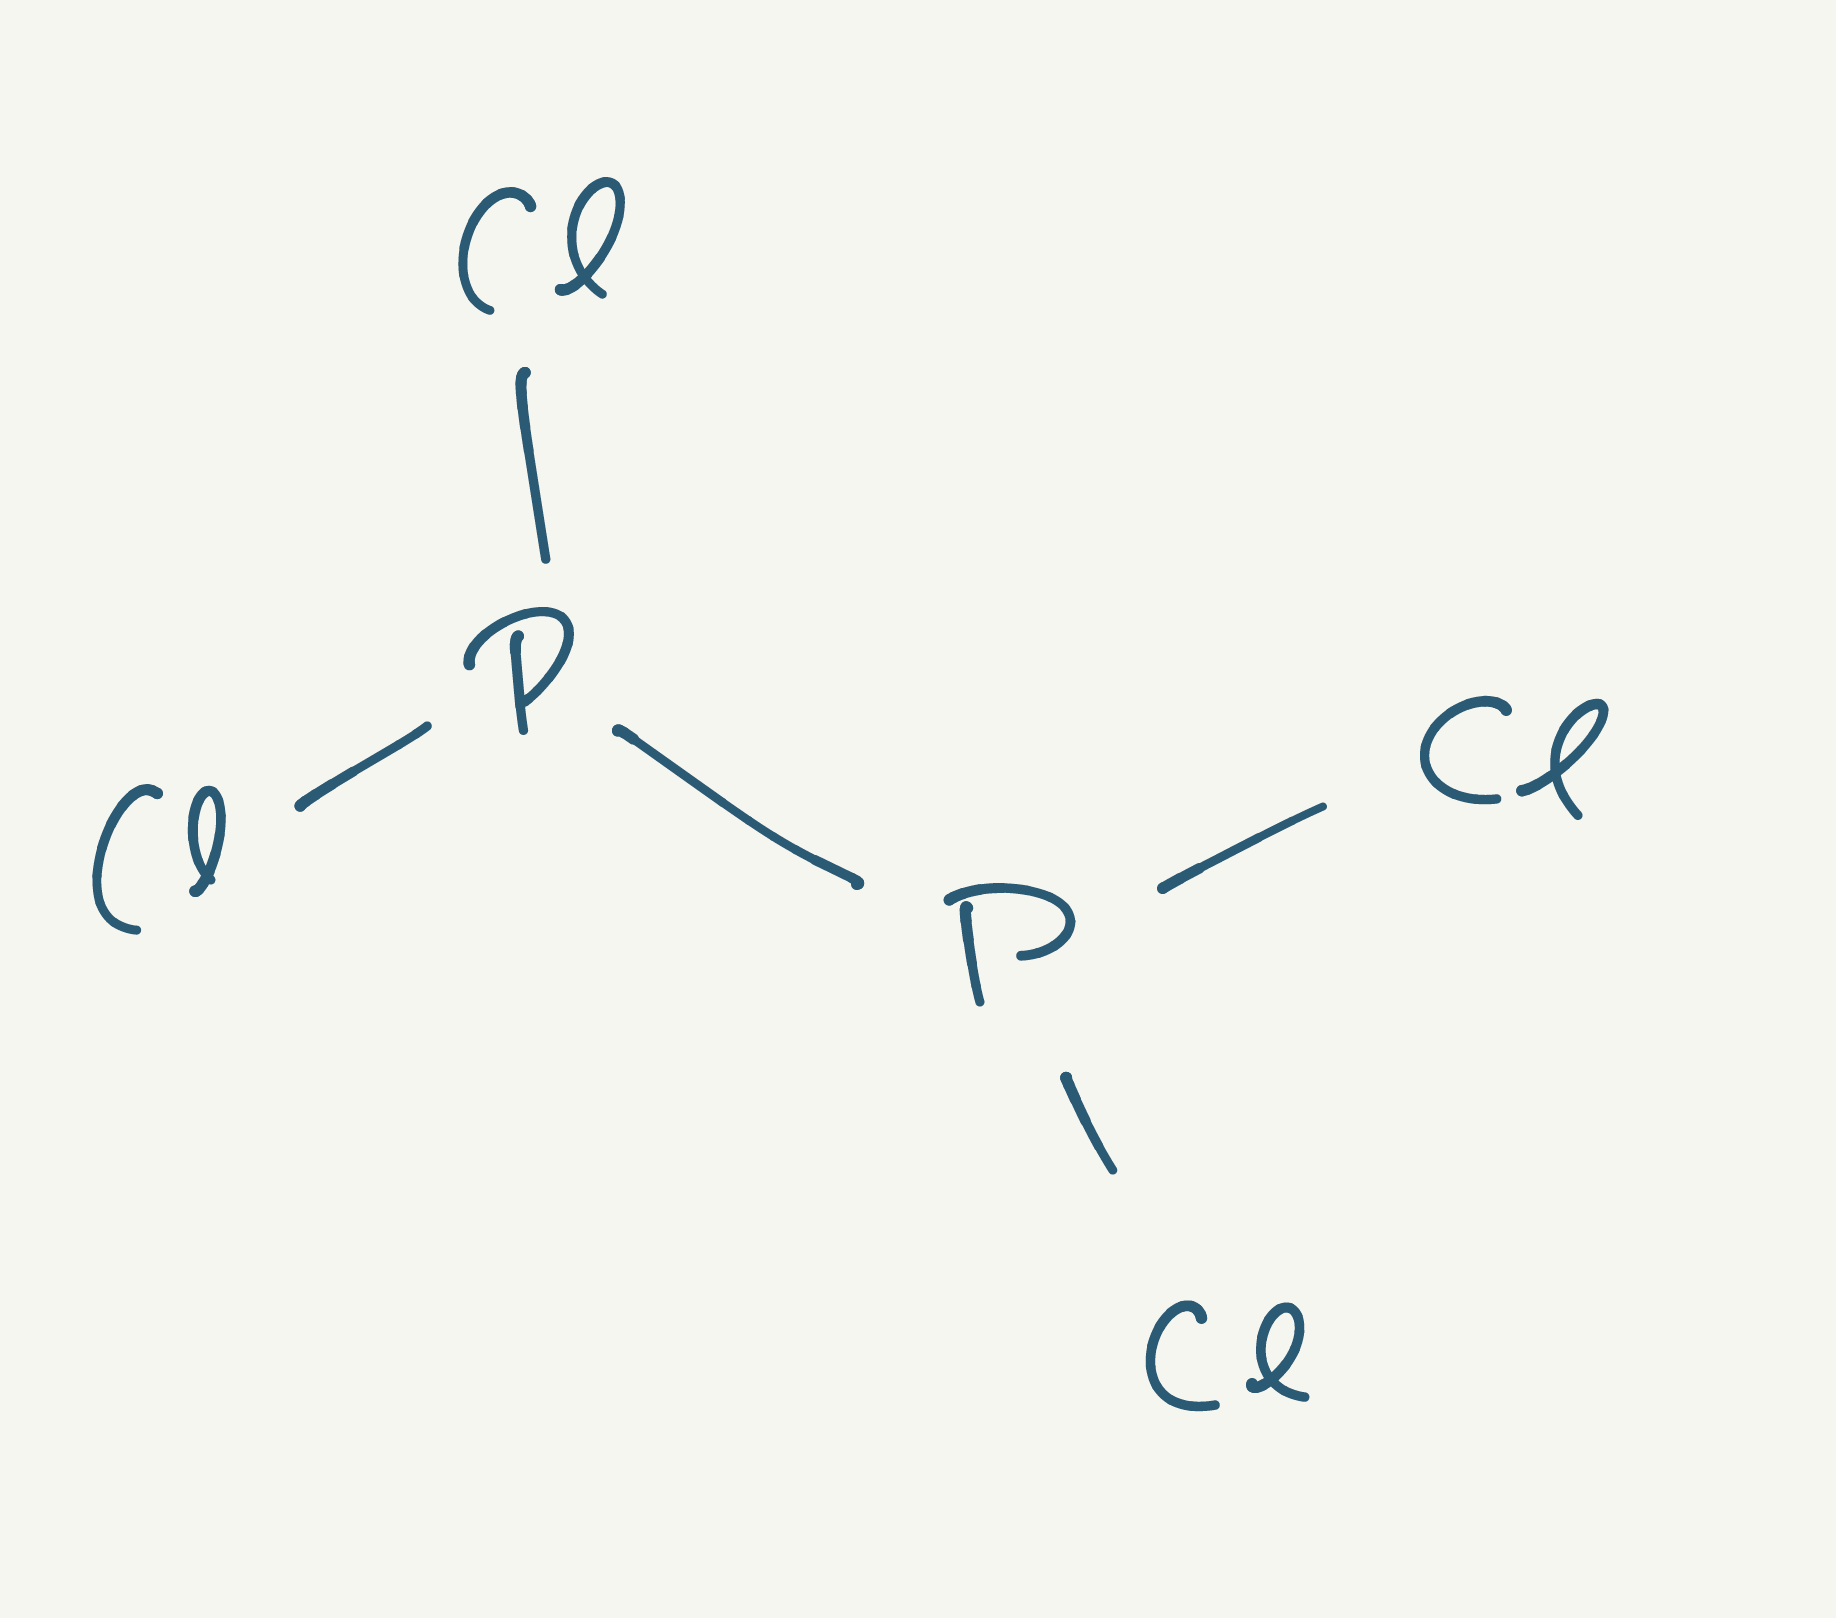
Simplified molecular-input line-entry system (SMILES) notation of the given molecule:
P(P(Cl)Cl)(Cl)Cl